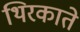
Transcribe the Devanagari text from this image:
थिरकाते